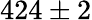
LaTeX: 424\pm 2